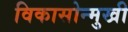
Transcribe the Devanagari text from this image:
विकासोन्मुखी